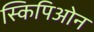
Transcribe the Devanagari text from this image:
स्किपिओन